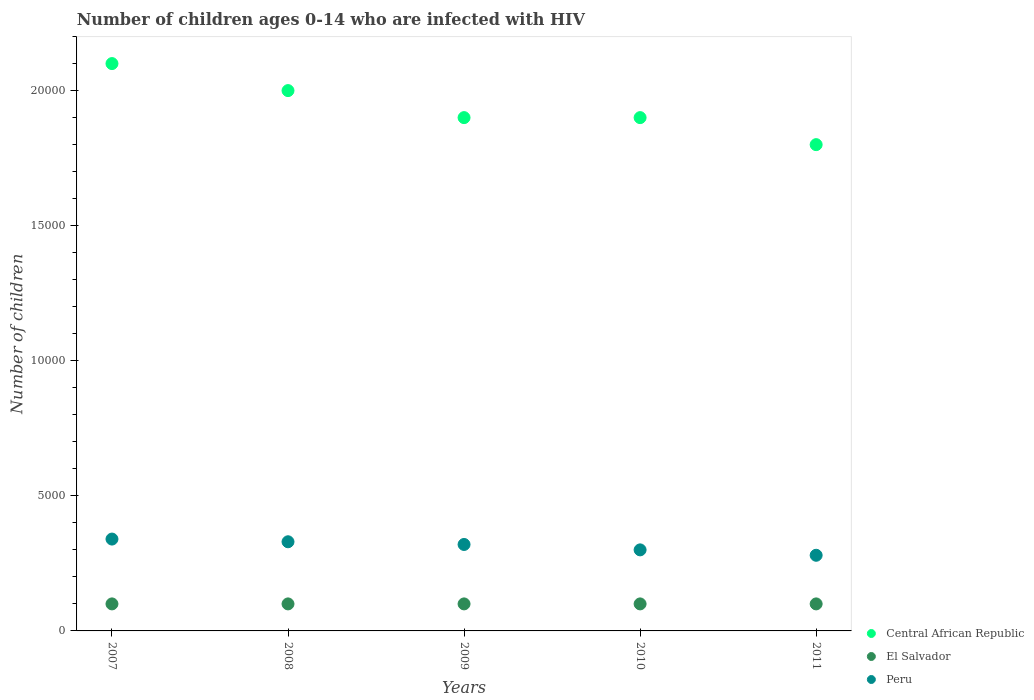
| Years | Central African Republic | El Salvador | Peru |
 | --- | --- | --- | --- |
 | 2007 | 2.1e+04 | 1e+03 | 3.4e+03 |
 | 2008 | 2e+04 | 1e+03 | 3.3e+03 |
 | 2009 | 1.9e+04 | 1e+03 | 3.2e+03 |
 | 2010 | 1.9e+04 | 1e+03 | 3e+03 |
 | 2011 | 1.8e+04 | 1e+03 | 2.8e+03 |